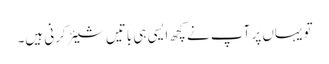
تو یہاں پر آپ نے کچھ ایسی ہی باتیں شیئر کرنی ہیں۔